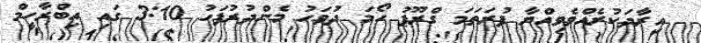
އިރާދަކުރެއްެވެވިއްޔާ ފުރަތަމަ ގްރޫޕު ހޯމަ ދުވަހު މެންދުރުފަހު 3:10 ގައި އިބްރާހީމް